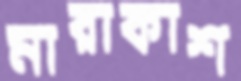
মারাকাশ